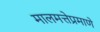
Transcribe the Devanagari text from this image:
मालमत्तेप्रमाणे